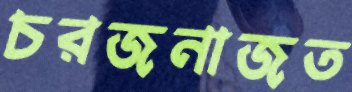
চরজনাজত